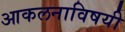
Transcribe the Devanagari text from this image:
आकलनाविषयी